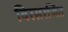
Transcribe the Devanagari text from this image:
विरसरजित